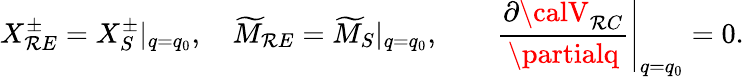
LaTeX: X_{\mathcal{R}E}^{\pm}=X_{S}^{\pm}|_{q=q_{0}},\quad\widetilde{{M}}_{\mathcal{R}E}=\widetilde{{M}}_{S}|_{q=q_{0}},\qquad\left.{\frac{{\partial{\calV}_{\mathcal{R}C}}}{{\partialq}}}\right|_{q=q_{0}}=0.